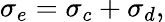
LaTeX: \sigma_{e}=\sigma_{c}+\sigma_{d},